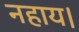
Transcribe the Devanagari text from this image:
नहाय।